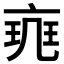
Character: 𠅪